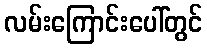
လမ်းကြောင်းပေါ်တွင်